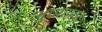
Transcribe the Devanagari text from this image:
भुषणावह